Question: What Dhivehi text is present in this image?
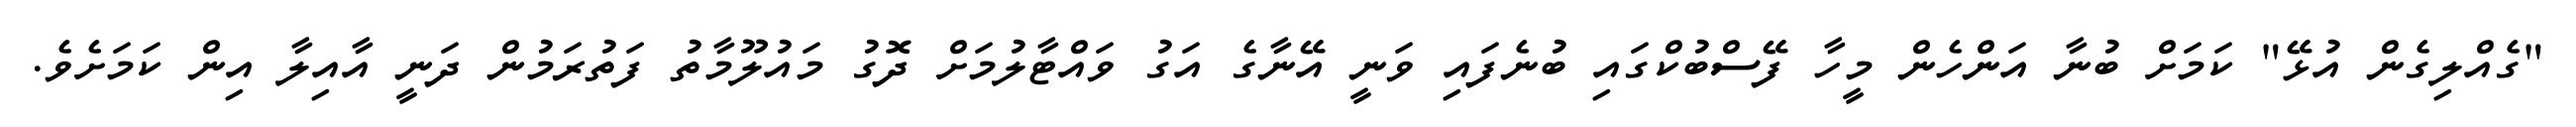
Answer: "ގެއްލިގެން އުޅޭ" ކަމަށް ބުނާ އަންހެން މީހާ ފޭސްބުކްގައި ބުނެފައި ވަނީ އޭނާގެ އަގު ވައްޓާލުމަށް ދޮގު މައުލޫމާތު ފަތުރަމުން ދަނީ އާއިލާ އިން ކަމަށެވެ.